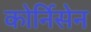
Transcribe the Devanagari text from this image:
कोर्निसेन